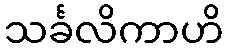
သင်္ခလိကာဟိ